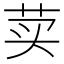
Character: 荬